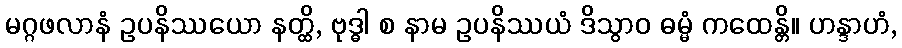
မဂ္ဂဖလာနံ ဥပနိဿယော နတ္ထိ, ဗုဒ္ဓါ စ နာမ ဥပနိဿယံ ဒိသွာဝ ဓမ္မံ ကထေန္တိ။ ဟန္ဒာဟံ,